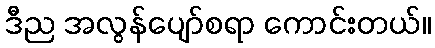
ဒီည အလွန်ပျော်စရာ ကောင်းတယ်။